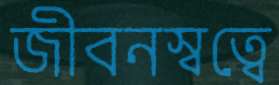
জীবনস্বত্বে